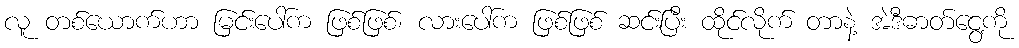
လူ တစ်ယောက်ဟာ မြင်းပေါ်က ဖြစ်ဖြစ်၊ လားပေါ်က ဖြစ်ဖြစ် ဆင်းပြီး ထိုင်လိုက် တာနဲ့ အဲဒီဓာတ်ငွေ့ကို